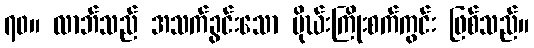
၇၀။ လာဘ်သည် အသက်ခွင်းသော မိုဃ်းကြိုးစက်ကွင်း ဖြစ်သည်။